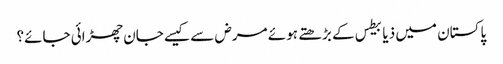
﻿ پاکستان میں ذیابیطس کے بڑھتے ہوئے مرض سے کیسے جان چھڑائی جائے؟